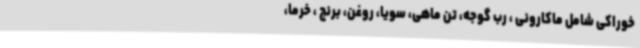
خوراکی شامل ماکارونی ، رب گوجه، تن ماهی، سویا، روغن، برنج ، خرما،